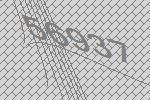
56937